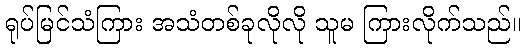
ရုပ်မြင်သံကြား အသံတစ်ခုလိုလို သူမ ကြားလိုက်သည်။